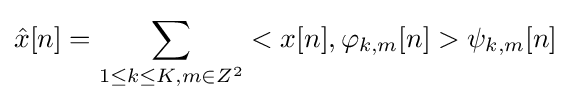
{\hat {x}}[n]=\sum _{1\leq k\leq K,m\in Z^{2}}<x[n],\varphi _{k,m}[n]>\psi _{k,m}[n]